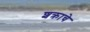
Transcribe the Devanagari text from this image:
शक्राचे